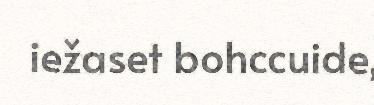
iežaset bohccuide,